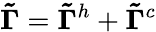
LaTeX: \boldsymbol{\tilde{\Gamma}}=\boldsymbol{\tilde{\Gamma}}^{h}+\boldsymbol{\tilde{\Gamma}}^{c}